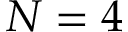
N = 4